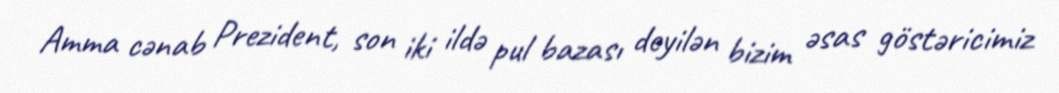
Amma cənab Prezident, son iki ildə pul bazası deyilən bizim əsas göstəricimiz